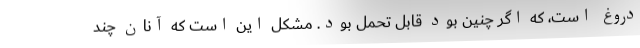
دروغ است، که اگر چنین بود قابل تحمل بود. مشکل این است که آنان چند